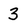
Character: 3